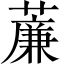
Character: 薕